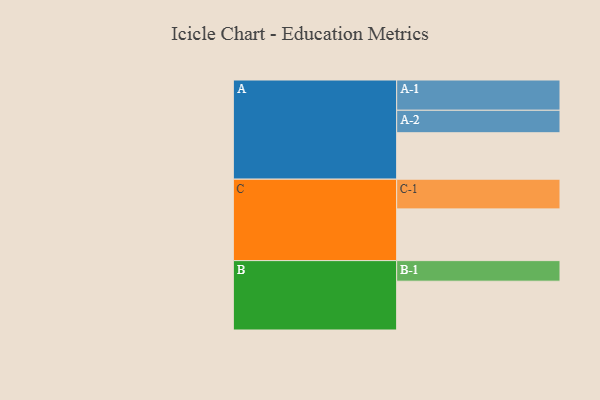
{"axis": {"x": "Segment", "y": "Value"}, "legend": ["", "A", "B", "C"], "data": [{"x": "A", "y": 413, "type": ""}, {"x": "B", "y": 434, "type": ""}, {"x": "C", "y": 460, "type": ""}, {"x": "A-1", "y": 269, "type": "A"}, {"x": "A-2", "y": 200, "type": "A"}, {"x": "B-1", "y": 183, "type": "B"}, {"x": "C-1", "y": 264, "type": "C"}]}